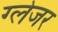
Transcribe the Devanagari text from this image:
ग्लेजर